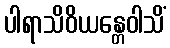
ပါရာသိဝိယန္တေဝါသိံ